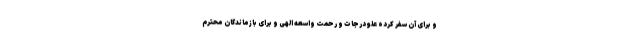
و برای آن سفر کرده علو درجات و رحمت واسعه الهی و برای بازماندگان محترم